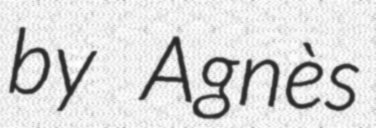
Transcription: by Agnès